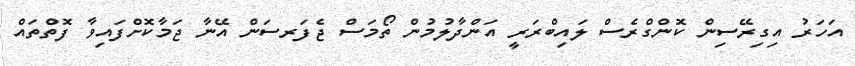
އަހަރު އިގިރޭސިން ކޮންގްރެސް ލައިބްރަރީ އަންދާލުމުން ތޯމަސް ޖެފަރސަން އޭނާ ޖަމާކޮށްފައިވާ ފޮތްތައް